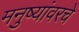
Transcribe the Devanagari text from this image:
मनुष्यांवरचे